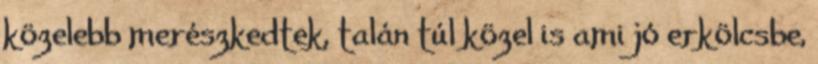
közelebb merészkedtek, talán túl közel is ami jó erkölcsbe,